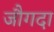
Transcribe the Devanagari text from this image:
जौगदा